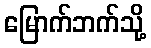
မြောက်ဘက်သို့